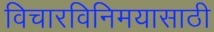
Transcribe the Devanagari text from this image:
विचारविनिमयासाठी